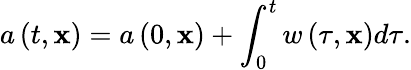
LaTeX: a\left(t,\mathbf{x}\right)=a\left(0,\mathbf{x}\right)+\int_{0}^{t}w\left(\tau,\mathbf{x}\right)d\tau.